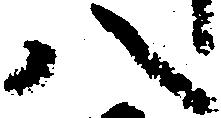
八